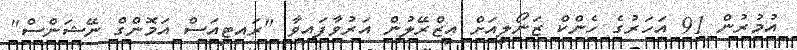
އުމުރުން 91 އަހަރުގެ ހެންކް ޒަނޯލީއަށް އިޒްރޭލުން އަރުވާފަައިވާ "ރައިޓިއަސް އަމޮންގް ނޭޝަންސް"